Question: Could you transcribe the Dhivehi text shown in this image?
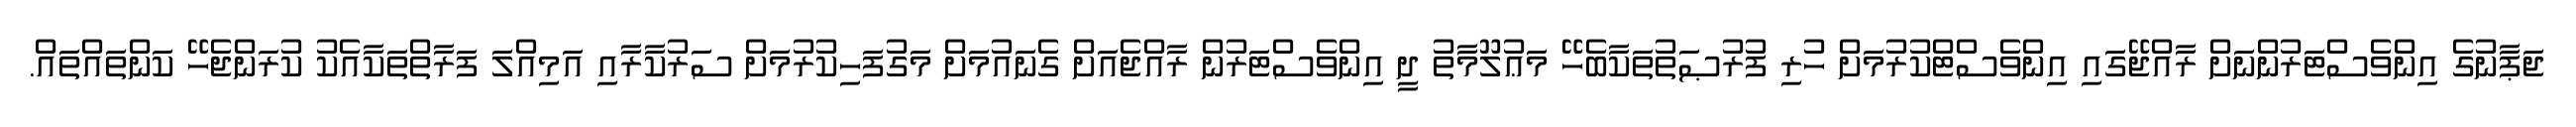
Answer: ޖަޕާނުގެ އިންވެސްޓަރުންނަށް ރާއްޖޭގައި އިންވެސްޓްކުރުމަށް ހުރި ފުރުޞަތުތަކާބެހޭ މަޢުލޫމާތު ދީ އިންވެސްޓަރުން ރާއްޖެއަށް ގެނައުމަށް މަގުފަހިކުރުމަށް ސަރުކާރާއި އަމިއްލަ ފަރާތްތަކާއެކު ކުރަންޖެހޭ ކަންތައްތައް.